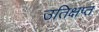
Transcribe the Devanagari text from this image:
उतिक्षप्त